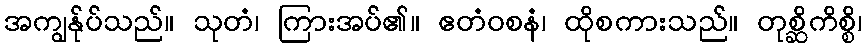
အကျွန်ုပ်သည်။ သုတံ၊ ကြားအပ်၏။ ဧတံဝစနံ၊ ထိုစကားသည်။ တုစ္ဆိကိစ္စိ၊